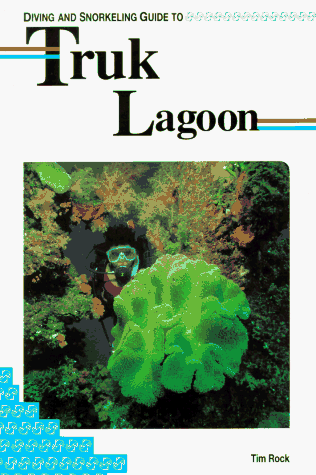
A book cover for Diving and Snorkeling Guide to Truk Lagoon (Lonely Planet Diving and Snorkeling Guides); Tim Rock; Travel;